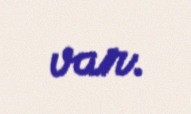
var.